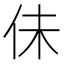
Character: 佅